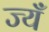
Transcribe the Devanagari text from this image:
ज्यँ